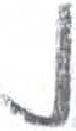
אות: נ